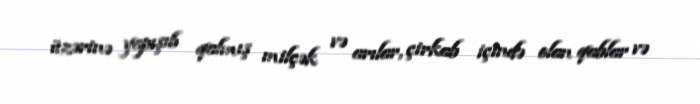
üzərinə yapışıb qalmış milçək və arılar, çirkab içində olan qablar və